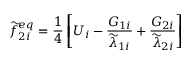
\widetilde { f } _ { 2 i } ^ { e q } = \frac { 1 } { 4 } \left[ U _ { i } - \frac { G _ { 1 i } } { \widetilde { \lambda } _ { 1 i } } + \frac { G _ { 2 i } } { \widetilde { \lambda } _ { 2 i } } \right]